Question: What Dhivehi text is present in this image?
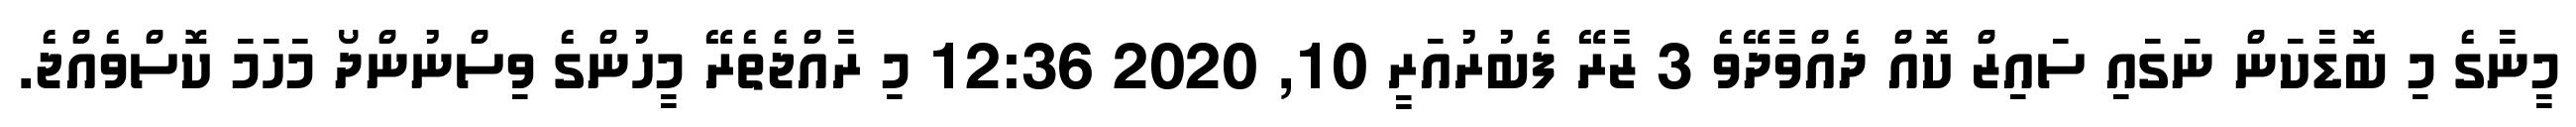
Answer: މީނާގެ މި ބޮޑާކަން ނަގައި ސައިޒް ކޮއް ދެއްވާދޭވެ 3 ޒާރޭ ފެބުރުއަރީ 10, 2020 12:36 މި ރާއްޖެތެރޭ މީހުންގެ ވިސްނުންދޯ މަހަމަ ކޮސްވެއްޖެ.